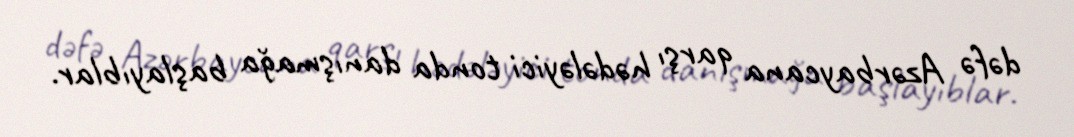
dəfə Azərbaycana qarşı hədələyici tonda danışmağa başlayıblar.